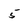
Character: 5